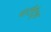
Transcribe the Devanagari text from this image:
मल्टीट्रैक